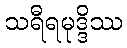
သရီရမုဒ္ဒိဿ